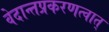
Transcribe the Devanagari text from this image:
वेदान्तप्रकरणत्वात्